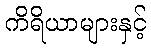
ကိရိယာများနှင့်